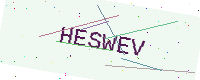
Text: HESWEV